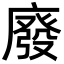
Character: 廢